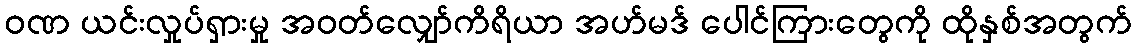
ဝဏ ယင်းလှုပ်ရှားမှု အဝတ်လျှော်ကိရိယာ အဟ်မဒ် ပေါင်ကြားတွေကို ထိုနှစ်အတွက်